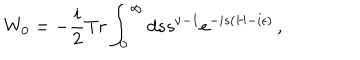
LaTeX: W _ { 0 } = - { \frac { i } { 2 } } T r \int _ { 0 } ^ { \infty } d s s ^ { \nu - 1 } e ^ { - i s ( H - i \epsilon ) } \, ,